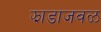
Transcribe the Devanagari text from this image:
झाडाजवळ